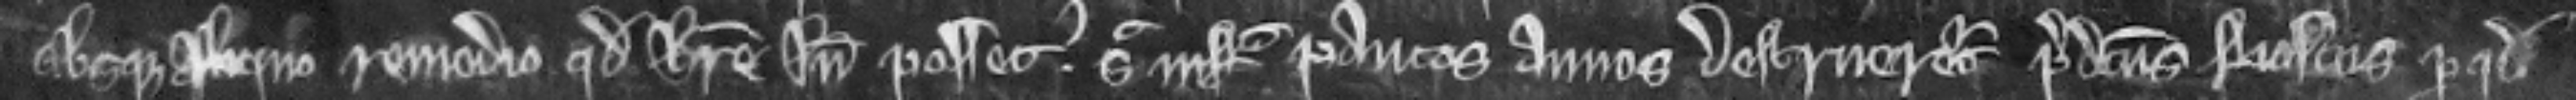
absque aliquo remedio quod habere inde posset sic infra paucos annos destrueretur predictus boscus per quod